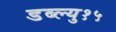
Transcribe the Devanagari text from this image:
डब्ल्यु१५